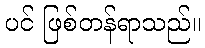
ပင် ဖြစ်တန်ရာသည်။